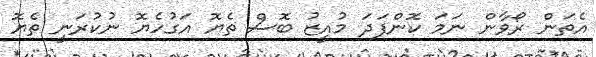
އެތަން ރޯވާން ނަމަ ކޮންފަދަ މުއީޒު ބޮސް ތެޔޮ އަގުހެޔޮ ނުކުރަނީ ތެޔޮ